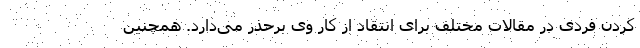
کردن فردی در مقالات مختلف برای انتقاد از کار وی برحذر می‌دارد. همچنین